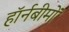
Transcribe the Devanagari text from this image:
हॉर्नबीमों